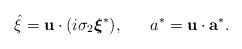
LaTeX: \begin{align*}\hat{\xi} = {\bf u} \cdot (i \sigma_{2} \mbox{\boldmath $\xi$}^{*}) ,~~~~~ a^{*} = {\bf u} \cdot {\bf a}^{*} .\end{align*}